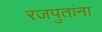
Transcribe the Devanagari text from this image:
रजपुतांना